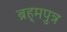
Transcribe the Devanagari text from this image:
ब्रह्‌मपुत्र